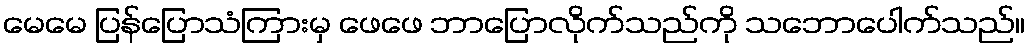
မေမေ ပြန်ပြောသံကြားမှ ဖေဖေ ဘာပြောလိုက်သည်ကို သဘောပေါက်သည်။